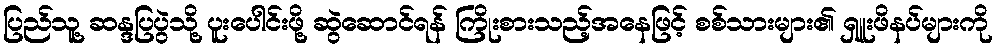
ပြည်သူ့ ဆန္ဒပြပွဲသို့ ပူးပေါင်းဖို့ ဆွဲဆောင်ရန် ကြိုးစားသည့်အနေဖြင့် စစ်သားများ၏ ရှူးဖိနပ်များကို